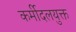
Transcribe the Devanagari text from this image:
कर्मीदलयुक्त